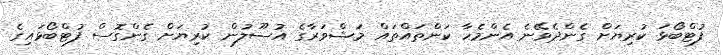
ފުޓްބޯޅަ ކުރިޔަށް ގެންދެވޭނެ އެންމެހާ ކަންތައްތައް މަޝްވަރާގެ އުސޫލުން ކުރިޔަށް ގެންގޮސް ފުޓްބޯޅައިގެ